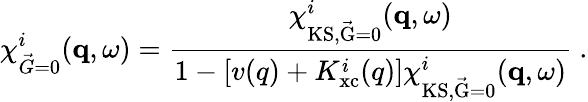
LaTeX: \chi_{\vec{G}=0}^{i}(\mathbf{q},\omega)=\frac{\chi_{\mathrm{KS,\vec{G}=0}}^{i}(\mathbf{q},\omega)}{1-\left[v(q)+K_{\mathrm{xc}}^{i}(q)\right]\chi_{\mathrm{KS,\vec{G}=0}}^{i}(\mathbf{q},\omega)}\ .